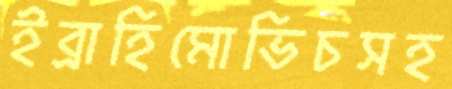
ইব্রাহিমোভিচসহ